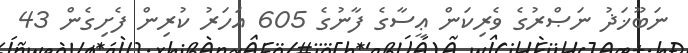
ނަބޫޚަޛު ނަޞްރުގެ ވެރިކަން ޢީސާގެ ފާނުގެ 605 އަހަރު ކުރިން ފެށިގެން 43